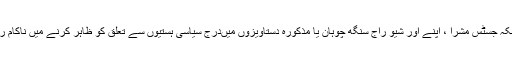
کیونکہ جسٹس مشرا ، اپنے اور شیو راج سنگھ چوہان یا مذکورہ دستاویزوں میںدرج سیاسی ہستیوں سے تعلق کو ظاہر کرنے میں ناکام رہے۔